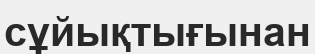
сұйықтығынан